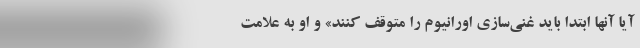
آیا آنها ابتدا باید غنی‌سازی اورانیوم را متوقف کنند» و او به علامت